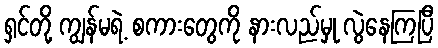
ရှင်တို့ ကျွန်မရဲ့ စကားတွေကို နားလည်မှု လွဲနေကြပြီ